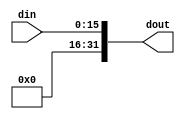
`timescale 1ns / 1ps
//////////////////////////////////////////////////////////////////////////////////
// 
// Design Name: 
// Module Name: UEXT16
// 
//////////////////////////////////////////////////////////////////////////////////


module uext16
(
    input  wire [15:0] din,
    output wire [31:0] dout
);

assign dout = { 16'b0, din[15:0]}; 
endmodule